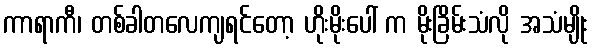
ကာရာကီ၊ တစ်ခါတလေကျရင်တော့ ဟိုးမိုးပေါ် က မိုးခြိမ်းသံလို အသံမျိုး